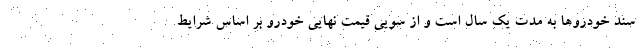
سند خودروها به مدت یک سال است و از سویی قیمت نهایی خودرو بر اساس شرایط